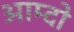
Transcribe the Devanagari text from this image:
आम्दो